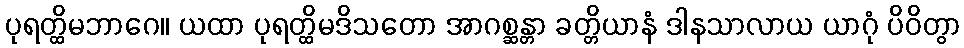
ပုရတ္ထိမဘာဂေ။ ယထာ ပုရတ္ထိမဒိသတော အာဂစ္ဆန္တာ ခတ္တိယာနံ ဒါနသာလာယ ယာဂုံ ပိဝိတွာ